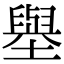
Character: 𡒊